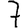
Digit: 7